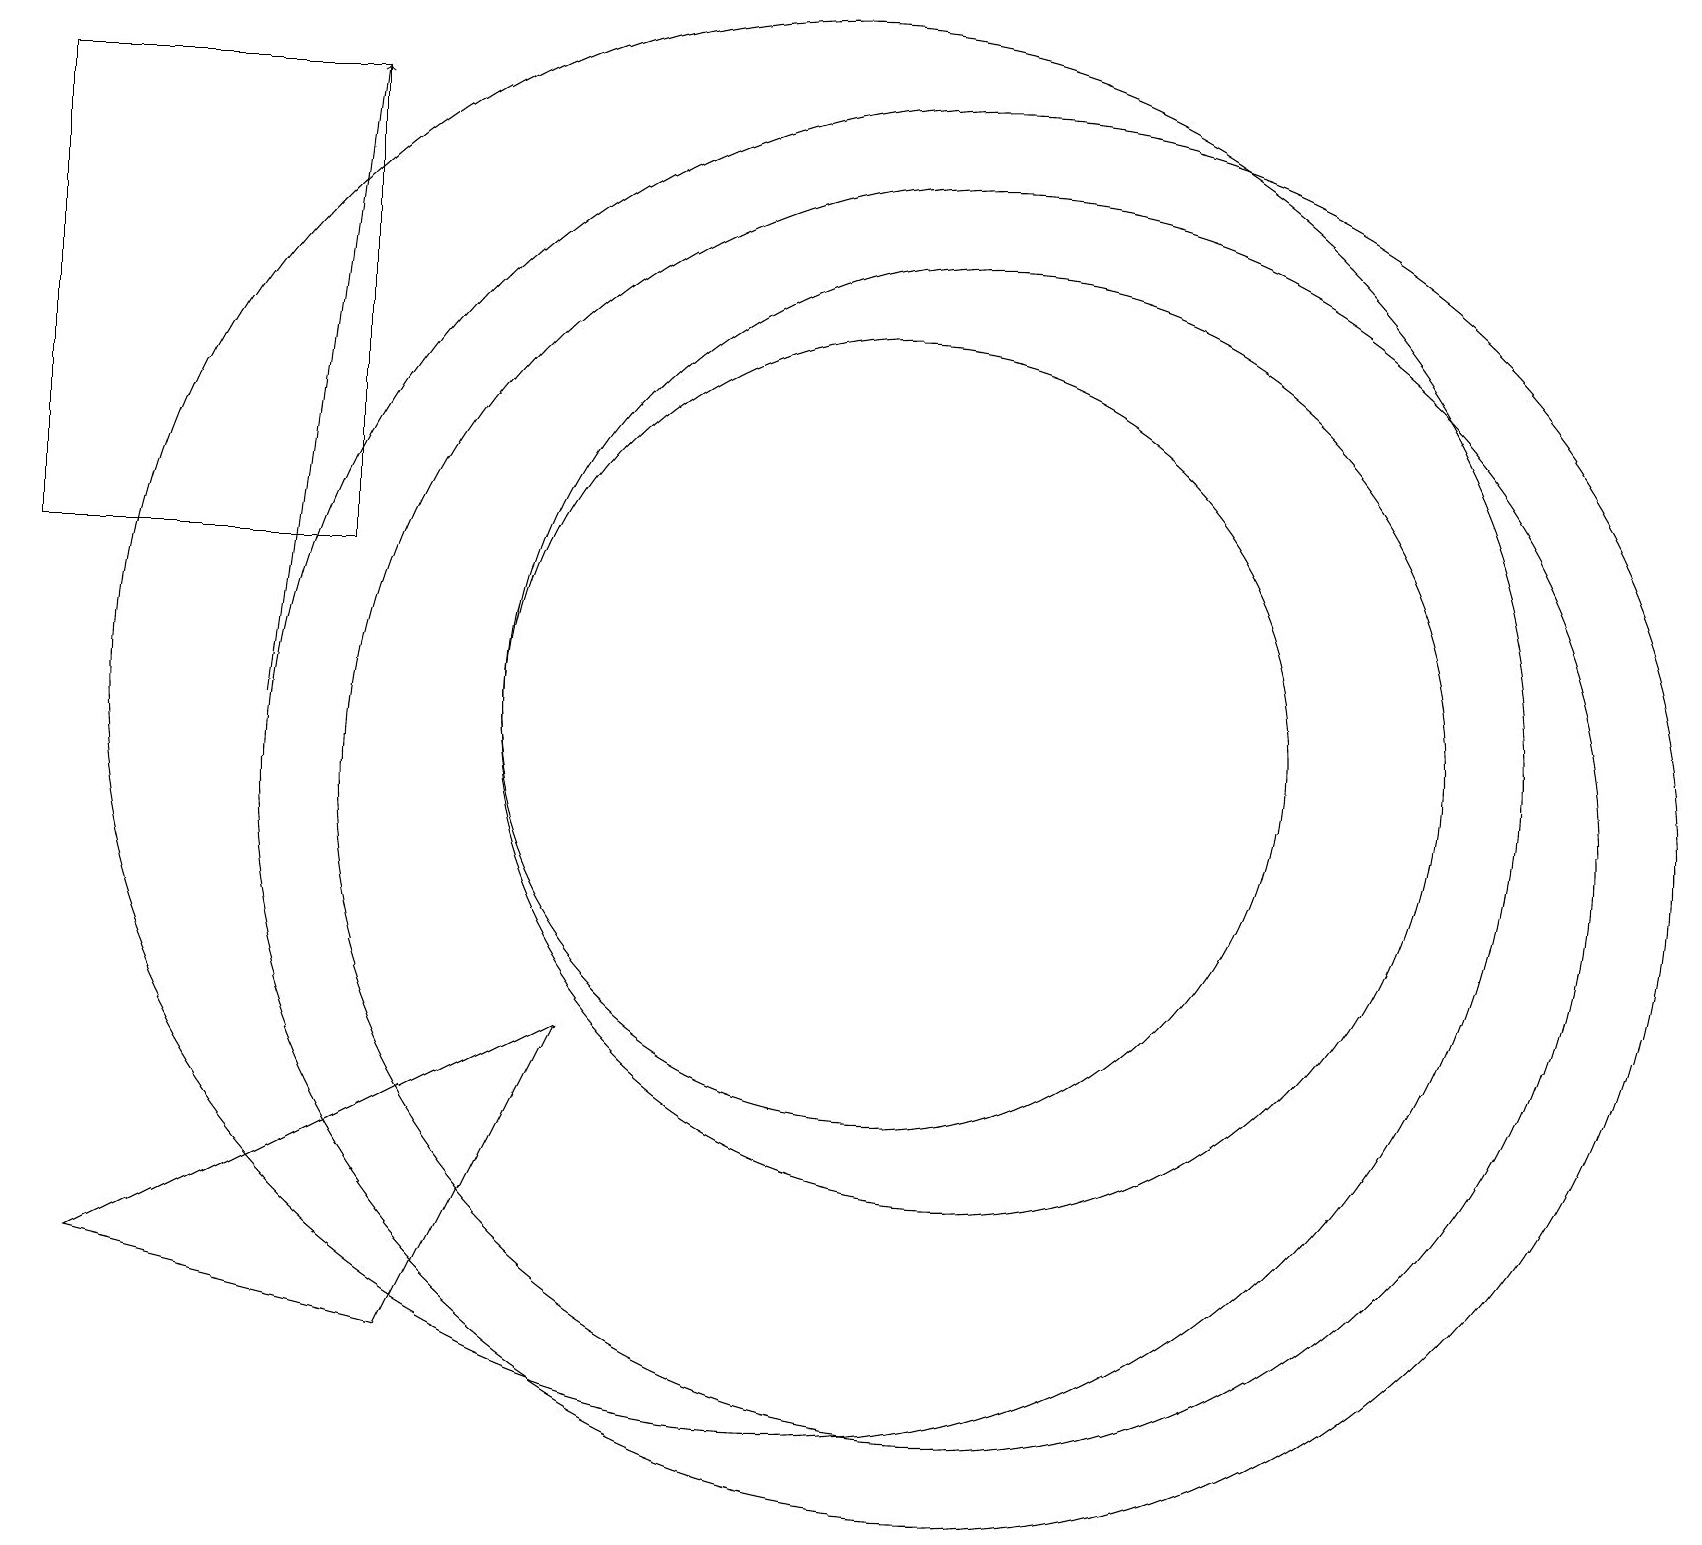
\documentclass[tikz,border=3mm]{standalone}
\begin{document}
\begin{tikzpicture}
\draw (12,11) circle (6);
\draw (11,11) circle (5);
\draw (12,10) circle (8);
\draw (10,11) circle (9);
\draw (12,10) circle (9);
\draw (1,4) -- (7,7) -- (5,3) -- cycle;
\draw (4,13) rectangle (0,19);
\draw[->] (3,11) -- (4,19);
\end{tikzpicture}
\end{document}